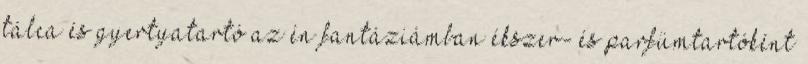
tálca és gyertyatartó az én fantáziámban ékszer- és parfümtartóként